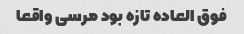
فوق العاده تازه بود مرسی واقعا